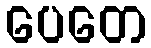
ပေတေ